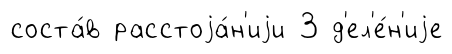
соста́в расстоjа́н'иjи 3 д'ел'е́н'иjе